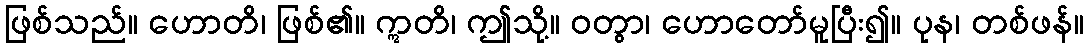
ဖြစ်သည်။ ဟောတိ၊ ဖြစ်၏။ ဣတိ၊ ဤသို့။ ဝတွာ၊ ဟောတော်မူပြီး၍။ ပုန၊ တစ်ဖန်။